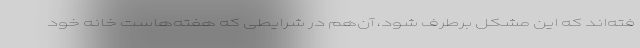
فته‌اند که این مشکل برطرف شود، آن‌هم در شرایطی که هفته‌هاست خانه خود